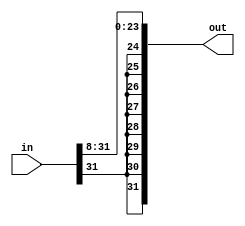
module ars8(out, in);
	input [31:0] in;
	
	output [31:0] out;
	
	genvar i;
	generate
		for(i = 23; i >= 0; i=i-1) begin: loop1
			assign out[i] = in[i+8];
		end
	endgenerate
	generate
		for(i = 31; i >23; i=i-1) begin: loop2
			assign out[i] = in[31];
		end
	endgenerate
	
endmodule